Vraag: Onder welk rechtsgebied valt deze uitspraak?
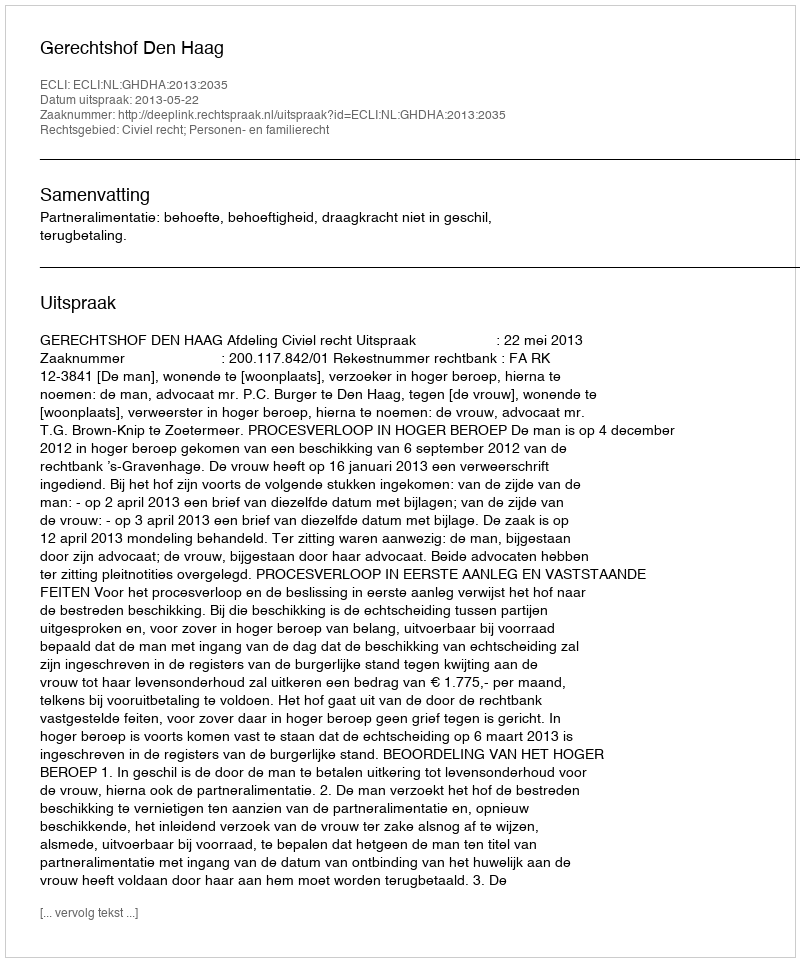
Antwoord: Civiel recht; Personen- en familierecht